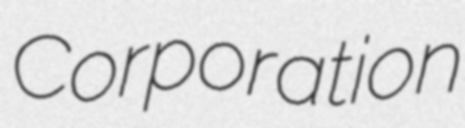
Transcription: Corporation